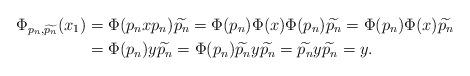
LaTeX: \begin{align*}\Phi_{p_n,\widetilde{p_n}}(x_1) & =\Phi(p_nxp_n)\widetilde{p_n}=\Phi(p_n)\Phi(x)\Phi(p_n)\widetilde{p_n}=\Phi(p_n)\Phi(x)\widetilde{p_n}\\&=\Phi(p_n)y\widetilde{p_n}=\Phi(p_n)\widetilde{p_n}y\widetilde{p_n}=\widetilde{p_n}y\widetilde{p_n}=y.\end{align*}